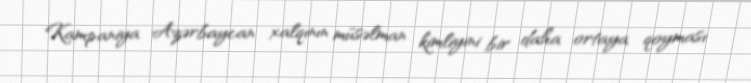
Kampaniya Azərbaycan xalqının müsəlman kimliyini bir daha ortaya qoyması